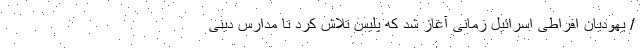
/ یهودیان افراطی اسرائیل زمانی آغاز شد که پلیس تلاش کرد تا مدارس دینی